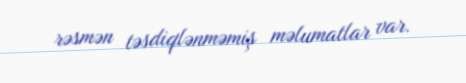
rəsmən təsdiqlənməmiş məlumatlar var.